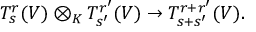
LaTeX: T _ { s } ^ { r } ( V ) \otimes _ { K } T _ { s ^ { \prime } } ^ { r ^ { \prime } } ( V ) \to T _ { s + s ^ { \prime } } ^ { r + r ^ { \prime } } ( V ) .